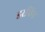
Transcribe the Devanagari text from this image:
डरविन